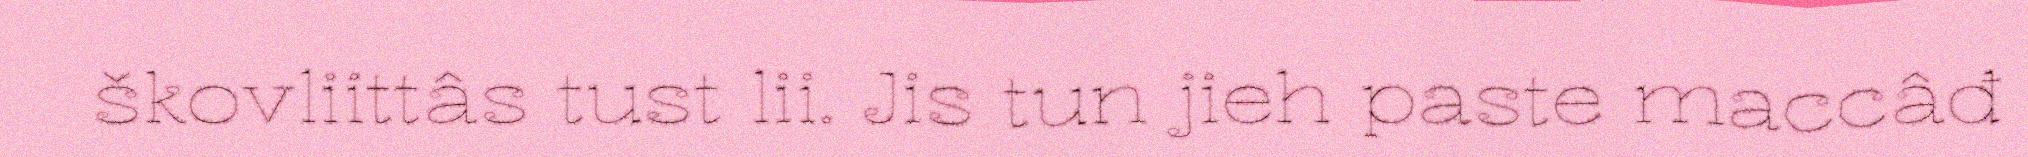
škovliittâs tust lii. Jis tun jieh paste maccâđ